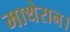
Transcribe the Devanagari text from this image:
माथेरान।